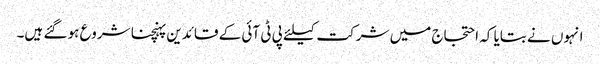
انہوں نے بتایا کہ احتجاج میں شرکت کیلئے پی ٹی آئی کے قائدین پہنچنا شروع ہو گئے ہیں۔